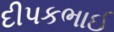
દીપકભાઈ